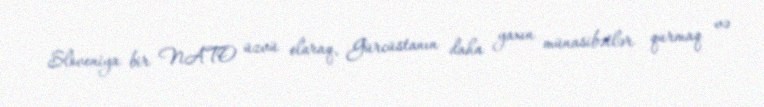
Sloveniya bir NATO üzvü olaraq, Gürcüstanın daha yaxın münasibətlər qurmaq və